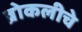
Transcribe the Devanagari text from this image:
ब्रोकलीचे